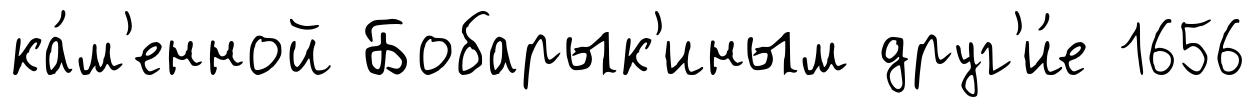
ка́м'енной Бобарык'иным друг'и́е 1656